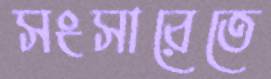
সংসারেতে